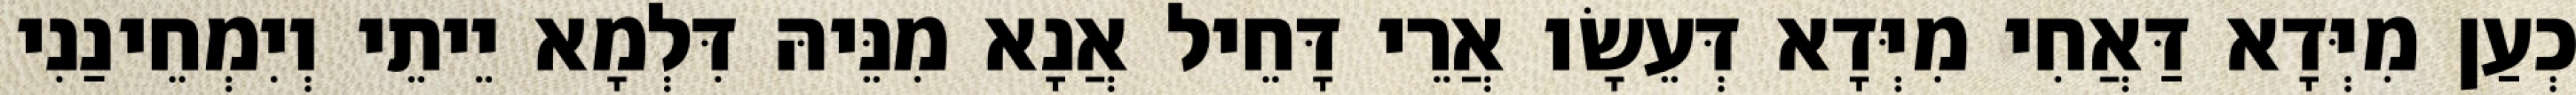
כְעַן מִיְּדָא דַּאֲחִי מִיְּדָא דְּעֵשָׂו אֲרֵי דָּחֵיל אֲנָא מִנֵּיהּ דִּלְמָא יֵיתֵי וְיִמְחֵינַנִי